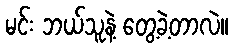
မင်း ဘယ်သူနဲ့ တွေ့ခဲ့တာလဲ။